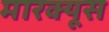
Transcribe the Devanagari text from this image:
मारक्यूस